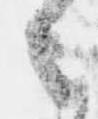
々